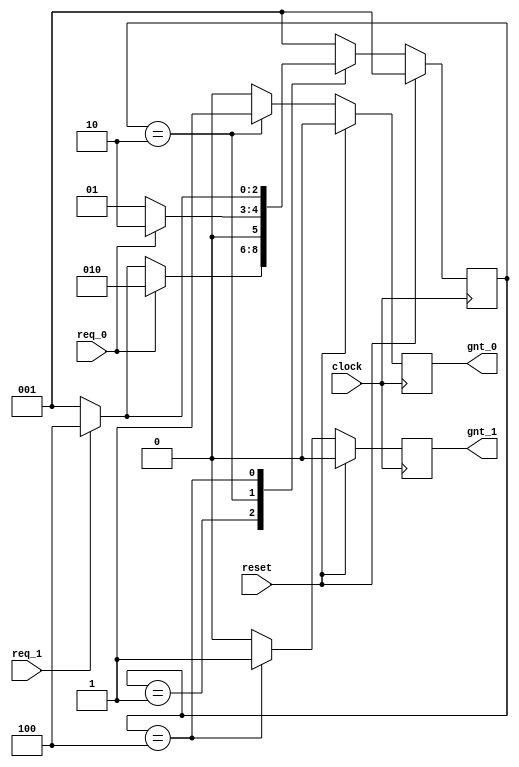
`timescale 1ns / 1ps
//////////////////////////////////////////////////////////////////////////////////
// Company: 
// Engineer: 
// 
// Design Name: 
// Module Name: main
// Project Name: 
// Target Devices: 
// Tool Versions: 
// Description: 
// 
// Dependencies: 
// 
// Revision:
// Revision 0.01 - File Created
// Additional Comments:
// 
//////////////////////////////////////////////////////////////////////////////////


module main(
  clock      , // clock
  reset      , // Active high, syn reset
  req_0      , // Request 0
  req_1      , // Request 1
  gnt_0      , // Grant 0
  gnt_1      
);
//-------------Input Ports-----------------------------
input   clock,reset,req_0,req_1;
 //-------------Output Ports----------------------------
output  gnt_0,gnt_1;
//-------------Input ports Data Type-------------------
wire    clock,reset,req_0,req_1;
//-------------Output Ports Data Type------------------
reg     gnt_0,gnt_1;
//-------------Internal Constants--------------------------
parameter SIZE = 3           ;
parameter IDLE  = 3'b001,GNT0 = 3'b010,GNT1 = 3'b100 ;
//-------------Internal Variables---------------------------
reg   [SIZE-1:0]          state        ;// Seq part of the FSM
wire  [SIZE-1:0]          next_state   ;// combo part of FSM
//----------Code startes Here------------------------
assign next_state = fsm_function(state, req_0, req_1);
//----------Function for Combo Logic-----------------
function [SIZE-1:0] fsm_function;
  input  [SIZE-1:0]  state ;	
  input    req_0 ;
  input    req_1 ;
  case(state)
   IDLE : if (req_0 == 1'b1) begin
                fsm_function = GNT0;
              end else if (req_1 == 1'b1) begin
                fsm_function= GNT1;
              end else begin
                fsm_function = IDLE;
              end
   GNT0 : if (req_0 == 1'b1) begin
                fsm_function = GNT0;
              end else begin
                fsm_function = IDLE;
              end
   GNT1 : if (req_1 == 1'b1) begin
                fsm_function = GNT1;
          end else begin
                fsm_function = IDLE;
              end
   default : fsm_function = IDLE;
  endcase
endfunction
//----------Seq Logic-----------------------------
always @ (posedge clock)
begin : FSM_SEQ
  if (reset == 1'b1) begin
    state <= #1 IDLE;
  end else begin
    state <= #1 next_state;
  end
end
//----------Output Logic-----------------------------
always @ (posedge clock)
begin : OUTPUT_LOGIC
if (reset == 1'b1) begin
  gnt_0 <= #1 1'b0;
  gnt_1 <= #1 1'b0;
end
else begin
  case(state)
    IDLE : begin
                  gnt_0 <= #1 1'b0;
                  gnt_1 <= #1 1'b0;
               end
   GNT0 : begin
                   gnt_0 <= #1 1'b1;
                   gnt_1 <= #1 1'b0;
                end
   GNT1 : begin
                   gnt_0 <= #1 1'b0;
                   gnt_1 <= #1 1'b1;
                end
   default : begin
                    gnt_0 <= #1 1'b0;
                    gnt_1 <= #1 1'b0;
                  end
  endcase
end
end // End Of Block OUTPUT_LOGIC

endmodule // End of Module arbiter